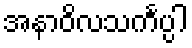
အနာဝိလသင်္ကပ္ပါ